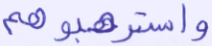
واسترهبوهم